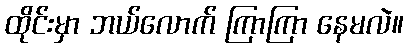
ထိုင်းမှာ ဘယ်လောက် ကြာကြာ နေမလဲ။